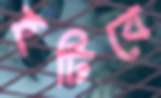
হটিবে